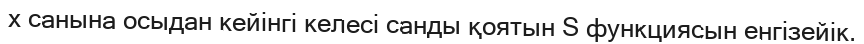
x санына осыдан кейінгі келесі санды қоятын S функциясын енгізейік.